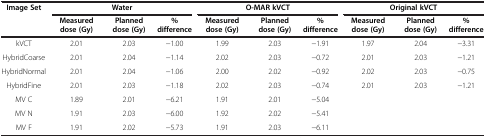
| Image Set | <COLSPAN=3> Water | <COLSPAN=3> O-MAR kVCT | <COLSPAN=3> Original kVCT |
 |  | Measured dose (Gy) | Planned dose (Gy) | % difference | Measured dose (Gy) | Planned dose (Gy) | % difference | Measured dose (Gy) | Planned dose (Gy) | % difference |
 | --- | --- | --- | --- | --- | --- | --- | --- | --- | --- |
 | kVCT | 2.01 | 2.03 | -1.00 | 1.99 | 2.03 | -1.91 | 1.97 | 2.04 | -3.31 |
 | HybridCoarse | 2.01 | 2.04 | -1.14 | 2.02 | 2.03 | -0.72 | 2.01 | 2.03 | -1.21 |
 | HybridNormal | 2.01 | 2.04 | -1.06 | 2.00 | 2.02 | -0.92 | 2.02 | 2.03 | -0.75 |
 | HybridFine | 2.01 | 2.03 | -1.18 | 2.02 | 2.03 | -0.74 | 2.01 | 2.03 | -1.21 |
 | MV C | 1.89 | 2.01 | -6.21 | 1.91 | 2.01 | -5.04 |  |  |  |
 | MV N | 1.91 | 2.03 | -6.00 | 1.92 | 2.02 | -5.41 |  |  |  |
 | MV F | 1.91 | 2.02 | -5.73 | 1.91 | 2.03 | -6.11 |  |  |  |